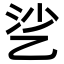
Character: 乷